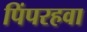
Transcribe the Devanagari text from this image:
पिंपरहवा